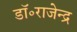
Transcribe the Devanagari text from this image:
डॉ॰राजेन्द्र